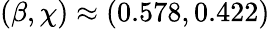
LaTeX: (\beta,\chi)\approx(0.578,0.422)